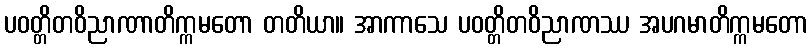
ပဝတ္တိတဝိညာဏာတိက္ကမတော တတိယာ။ အာကာသေ ပဝတ္တိတဝိညာဏဿ အပဂမာတိက္ကမတော